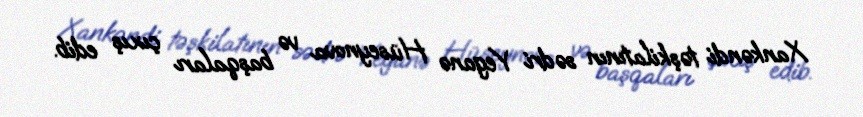
Xankəndi təşkilatının sədri Yeganə Hüseynova və başqaları çıxış edib.